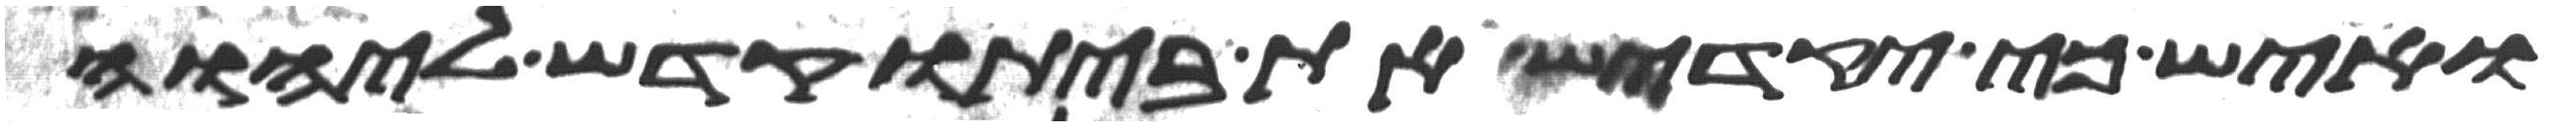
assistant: ואיש כי יקדיש את ביתו קדש ליהוה